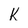
Character: K